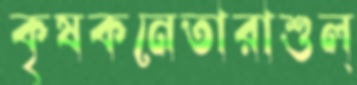
কৃষকনেতারাশুল্